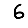
Digit: 6